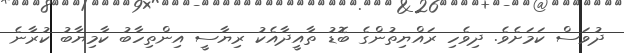
ދުވަސް ކަމަށެވެ. ދިވެހި ރައްޔިތުންގެ ބޮޑު ތާއީދާއެކު ރިޔާސީ އިންތިހާބު ކާމިޔާބު ކުރާނެ